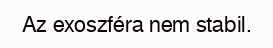
Az exoszféra nem stabil.